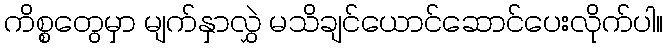
ကိစ္စတွေမှာ မျက်နှာလွှဲ မသိချင်ယောင်ဆောင်ပေးလိုက်ပါ။